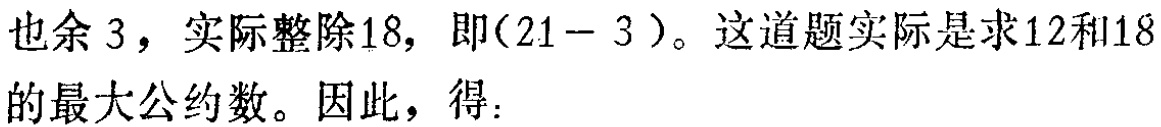
也余 3，实际整除18，即\((21 - 3)\)。这道题实际是求12和18的最大公约数。因此，得：